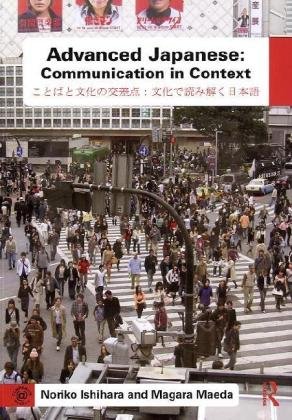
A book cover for Advanced Japanese: Communication in Context; Noriko Ishihara; Reference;